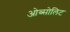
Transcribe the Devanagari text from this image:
ओब्सोलिट